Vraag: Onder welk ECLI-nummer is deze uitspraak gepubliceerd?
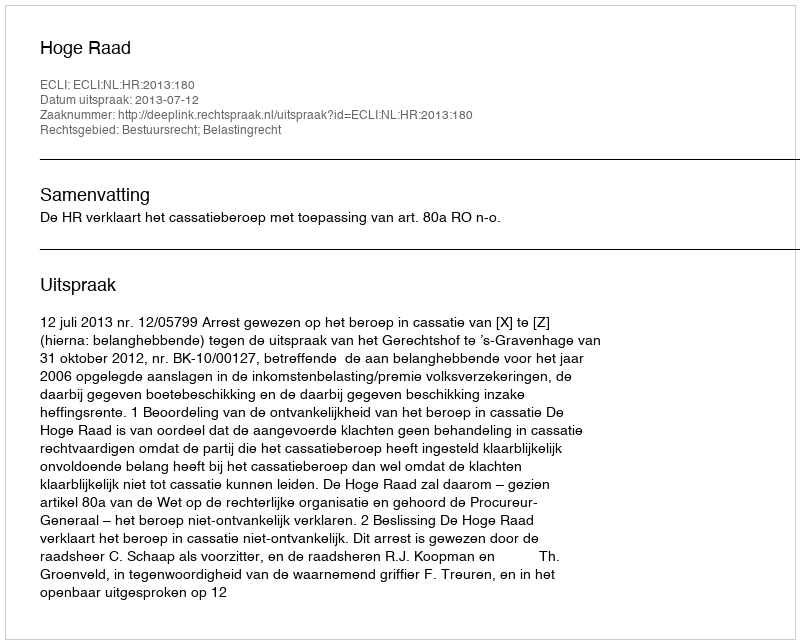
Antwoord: ECLI:NL:HR:2013:180